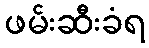
ဖမ်းဆီးခံရ